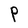
Character: P